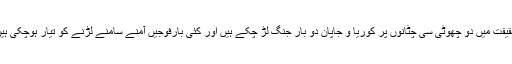
حقیقت میں دو چھوٹی سی چٹانوں پر کوریا و جاپان دو بار جنگ لڑ چکے ہیں اور کئی بارفوجیں آمنے سامنے لڑنے کو تیار ہوچکی ہیں۔